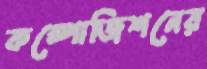
কম্পোজিশনের